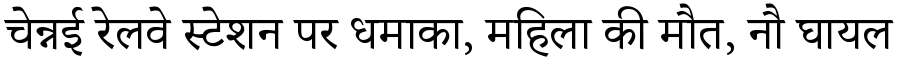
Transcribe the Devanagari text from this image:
चेन्नई रेलवे स्टेशन पर धमाका, महिला की मौत, नौ घायल